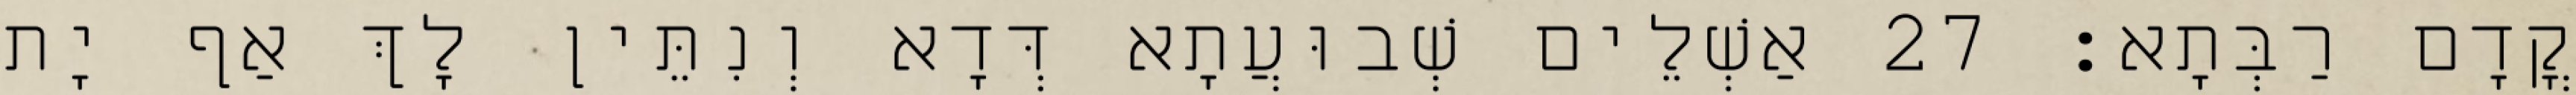
קֳדָם רַבְּתָא׃ 27 אַשְׁלֵים שְׁבוּעֲתָא דְּדָא וְנִתֵּין לָךְ אַף יָת